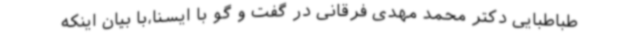
طباطبایی دکتر محمد مهدی فرقانی در گفت و گو با ایسنا،با بیان اینکه